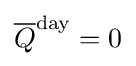
{\overline {Q}}^{\text{day}}=0